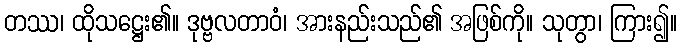
တဿ၊ ထိုသဋ္ဌေး၏။ ဒုဗ္ဗလတာဝံ၊ အားနည်းသည်၏ အဖြစ်ကို။ သုတွာ၊ ကြား၍။